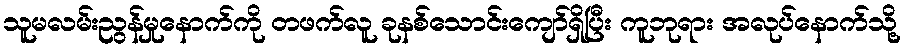
သူမလမ်းညွန်မှုနောက်ကို တဖက်လူ ခုနစ်သောင်းကျော်ရှိပြီး ကူဘုရား အလုပ်နောက်သို့